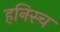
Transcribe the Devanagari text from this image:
हनिस्च